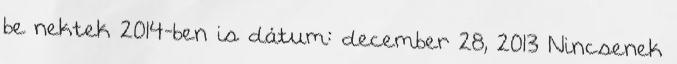
be nektek 2014-ben is dátum: december 28, 2013 Nincsenek